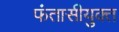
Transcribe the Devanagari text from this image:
फंतासीयुक्त